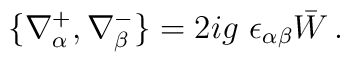
\{\nabla^+_\alpha, \nabla^-_\beta\} = 2ig\ \epsilon_{\alpha\beta}\bar W\,.